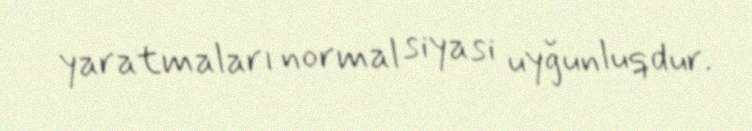
yaratmaları normal siyasi uyğunluqdur.